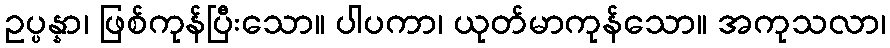
ဥပ္ပန္နာ၊ ဖြစ်ကုန်ပြီးသော။ ပါပကာ၊ ယုတ်မာကုန်သော။ အကုသလာ၊